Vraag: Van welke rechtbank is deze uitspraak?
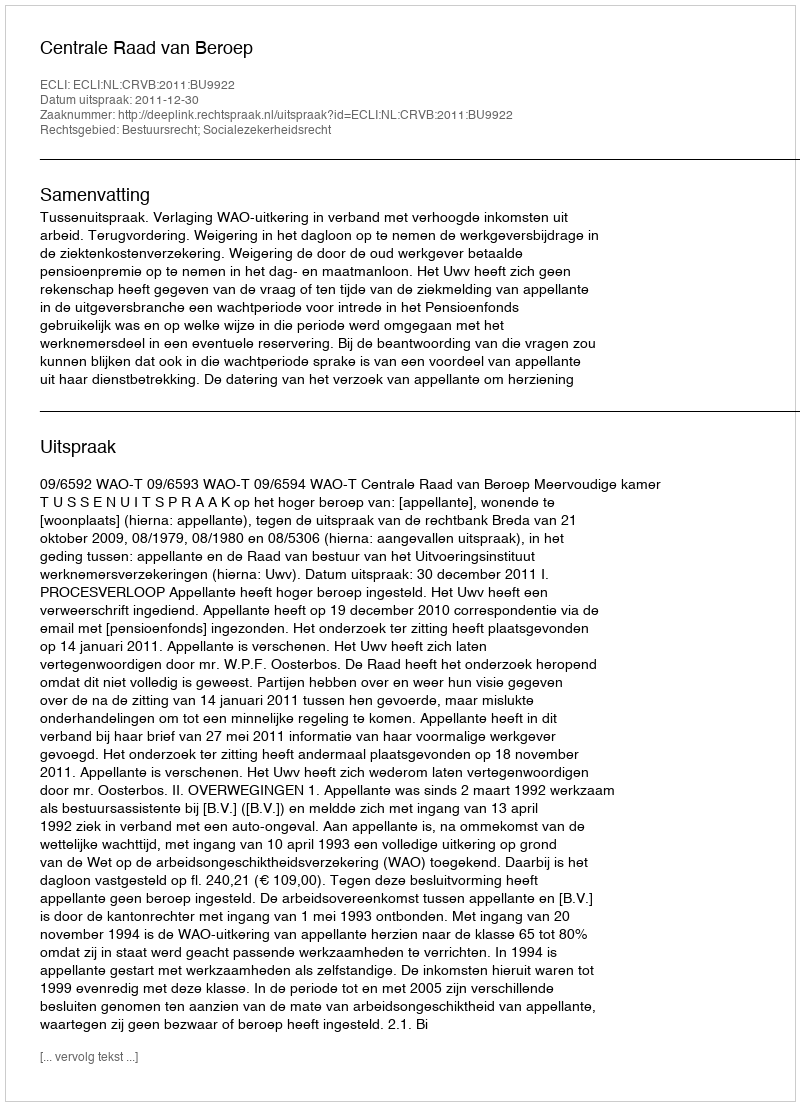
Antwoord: Centrale Raad van Beroep